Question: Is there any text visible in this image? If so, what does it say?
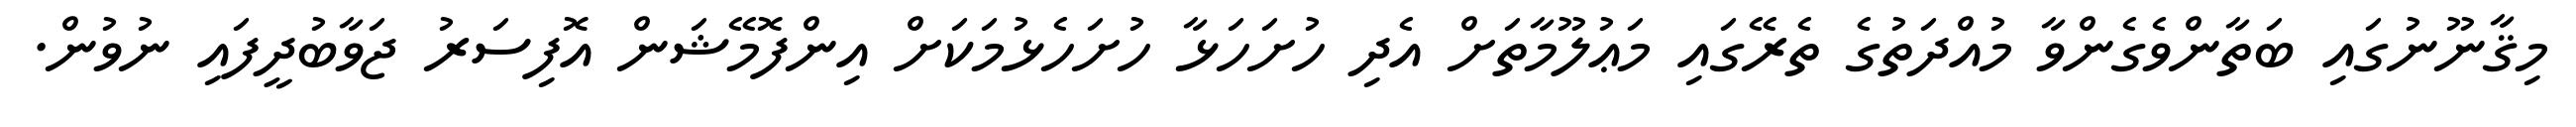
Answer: މިޤާނޫނުގައި ބަތާންވެގެންވާ މުއްދަތުގެ ތެރޭގައި މަޢުލޫމާތަށް އެދި ހުށަހަޅާ ހުށަހެޅުމަކަށް އިންފޮމޭޝަން އޮފިސަރު ޖަވާބުދީފައި ނުވުން.